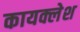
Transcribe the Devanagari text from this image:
कायक्लेश